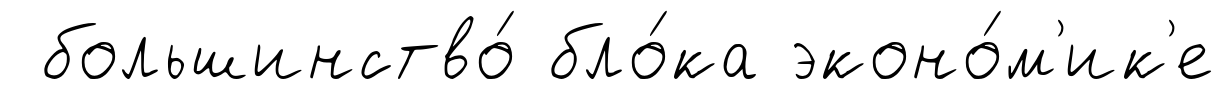
большинство́ бло́ка эконо́м'ик'е